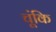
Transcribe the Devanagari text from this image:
चूंकि